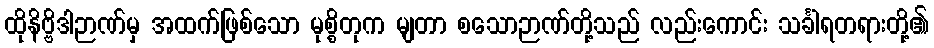
ထိုနိဗ္ဗိဒါဉာဏ်မှ အထက်ဖြစ်သော မုစ္စိတုက မျတာ စသောဉာဏ်တို့သည် လည်းကောင်း သင်္ခါရတရားတို့၏